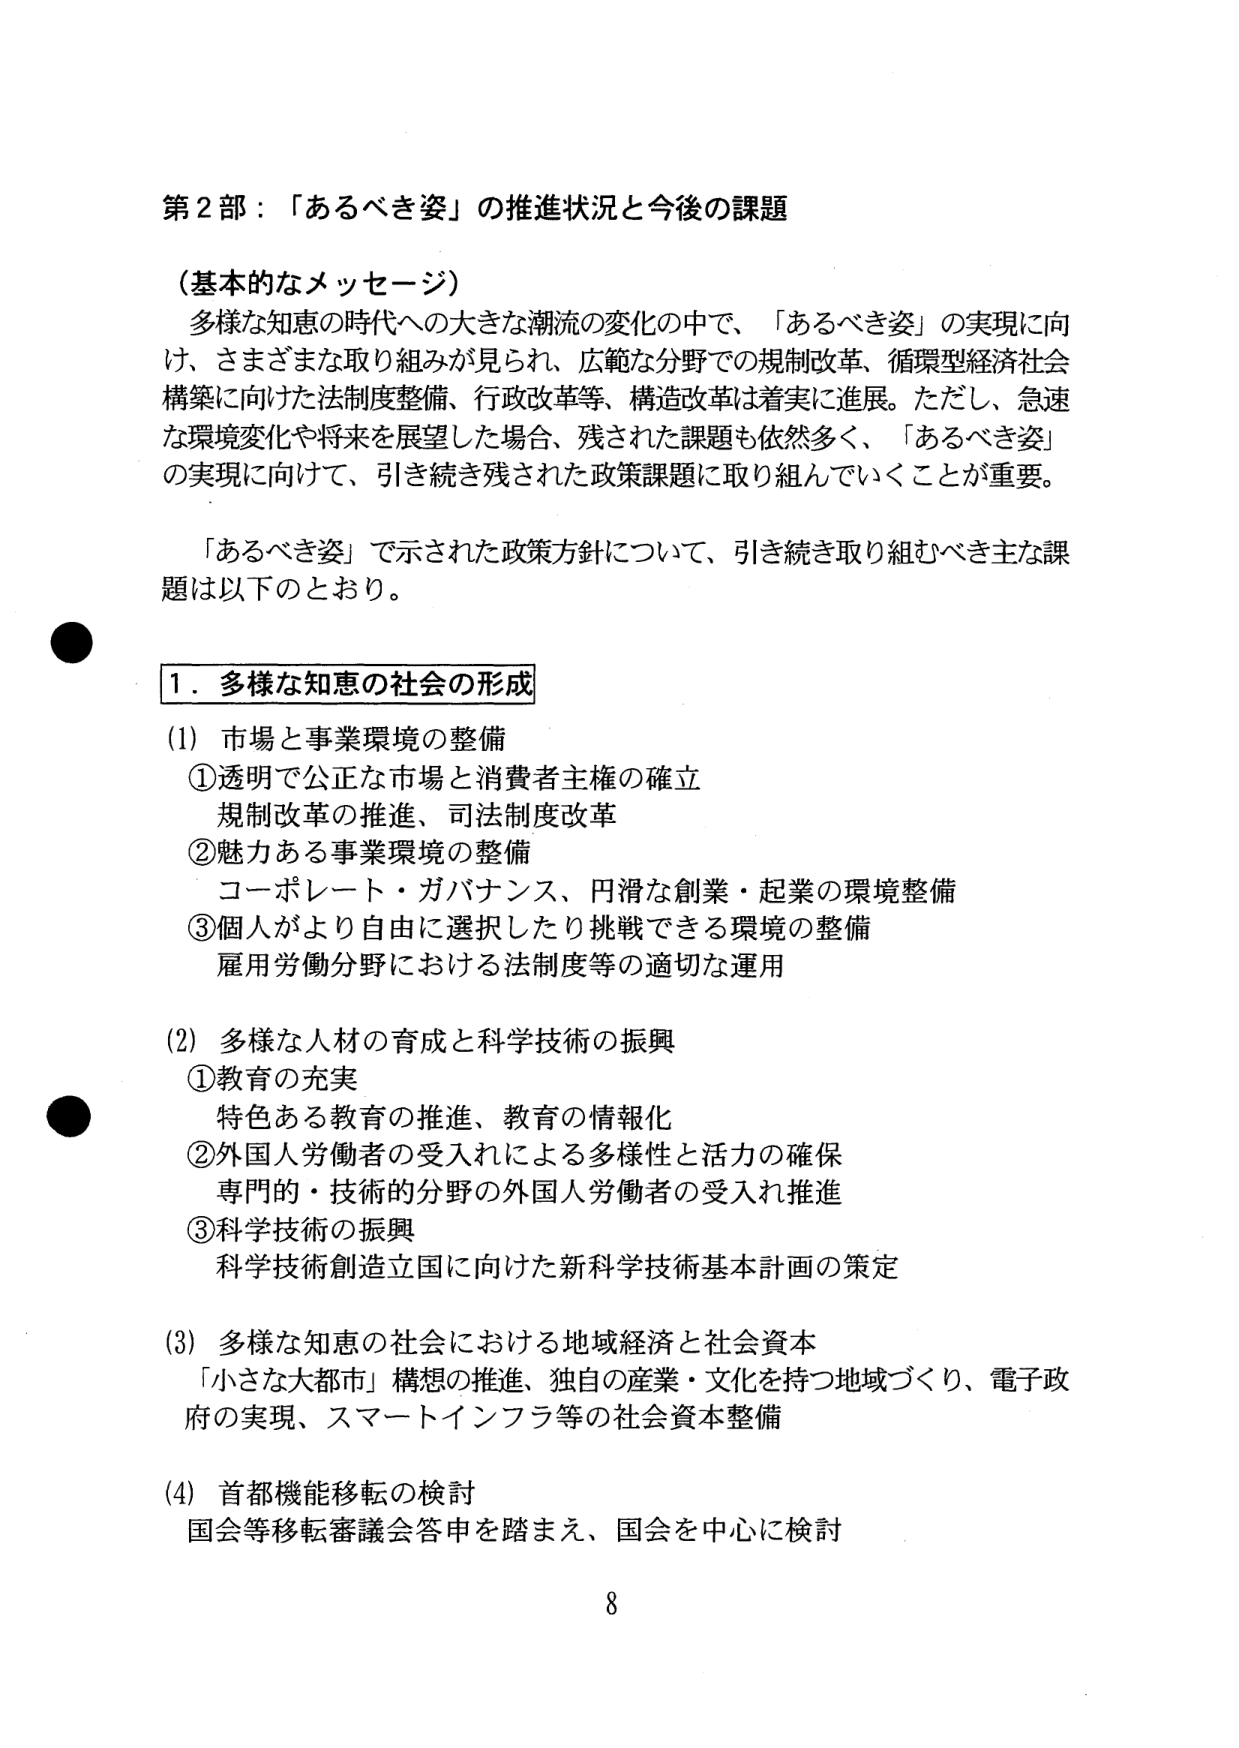
第2部：「あるべき姿」の推進状況と今後の課題

（基本的なメッセージ）
多様な知恵の時代への大きな潮流の変化の中で、「あるべき姿」の実現に向け、さまざまな取り組みが見られ、広範な分野での規制改革、循環型経済社会構築に向けた法制度整備、行政改革等、構造改革は着実に進展。ただし、急速な環境変化や将来を展望した場合、残された課題も依然多く、「あるべき姿」の実現に向けて、引き続き残された政策課題に取り組んでいくことが重要。

「あるべき姿」で示された政策方針について、引き続き取り組むべき主な課題は以下のとおり。

1．多様な知恵の社会の形成

(1) 市場と事業環境の整備
①透明で公正な市場と消費者主権の確立
　規制改革の推進、司法制度改革
②魅力ある事業環境の整備
　コーポレート・ガバナンス、円滑な創業・起業の環境整備
③個人がより自由に選択したり挑戦できる環境の整備
　雇用労働分野における法制度等の適切な運用

(2) 多様な人材の育成と科学技術の振興
①教育の充実
　特色ある教育の推進、教育の情報化
②外国人労働者の受入れによる多様性と活力の確保
　専門的・技術的分野の外国人労働者の受入れ推進
③科学技術の振興
　科学技術創造立国に向けた新科学技術基本計画の策定

(3) 多様な知恵の社会における地域経済と社会資本
　「小さな大都市」構想の推進、独自の産業・文化を持つ地域づくり、電子政府の実現、スマートインフラ等の社会資本整備

(4) 首都機能移転の検討
　国会等移転審議会答申を踏まえ、国会を中心に検討

8